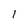
Character: 1